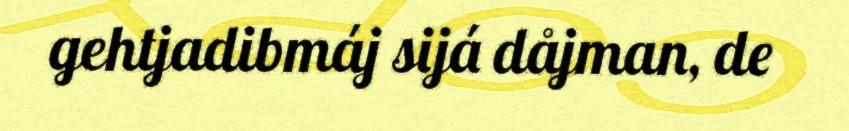
gehtjadibmáj sijá dåjman, de